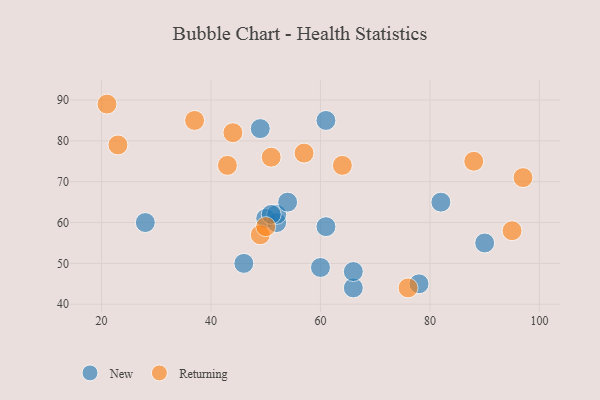
{"axis": {"x": "GDP", "y": "Life Expectancy"}, "legend": ["New", "Returning"], "data": [{"x": "90", "y": 55, "type": "New"}, {"x": "82", "y": 65, "type": "New"}, {"x": "60", "y": 49, "type": "New"}, {"x": "61", "y": 59, "type": "New"}, {"x": "49", "y": 83, "type": "New"}, {"x": "50", "y": 61, "type": "New"}, {"x": "78", "y": 45, "type": "New"}, {"x": "61", "y": 85, "type": "New"}, {"x": "52", "y": 60, "type": "New"}, {"x": "52", "y": 62, "type": "New"}, {"x": "46", "y": 50, "type": "New"}, {"x": "54", "y": 65, "type": "New"}, {"x": "66", "y": 44, "type": "New"}, {"x": "51", "y": 62, "type": "New"}, {"x": "28", "y": 60, "type": "New"}, {"x": "66", "y": 48, "type": "New"}, {"x": "37", "y": 85, "type": "Returning"}, {"x": "51", "y": 76, "type": "Returning"}, {"x": "44", "y": 82, "type": "Returning"}, {"x": "97", "y": 71, "type": "Returning"}, {"x": "49", "y": 57, "type": "Returning"}, {"x": "23", "y": 79, "type": "Returning"}, {"x": "50", "y": 59, "type": "Returning"}, {"x": "76", "y": 44, "type": "Returning"}, {"x": "95", "y": 58, "type": "Returning"}, {"x": "64", "y": 74, "type": "Returning"}, {"x": "88", "y": 75, "type": "Returning"}, {"x": "57", "y": 77, "type": "Returning"}, {"x": "43", "y": 74, "type": "Returning"}, {"x": "21", "y": 89, "type": "Returning"}]}